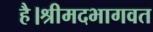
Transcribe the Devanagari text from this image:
है।श्रीमदभागवत